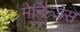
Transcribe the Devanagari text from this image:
मेनिन्जेस